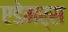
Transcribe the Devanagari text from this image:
एडेमर्स